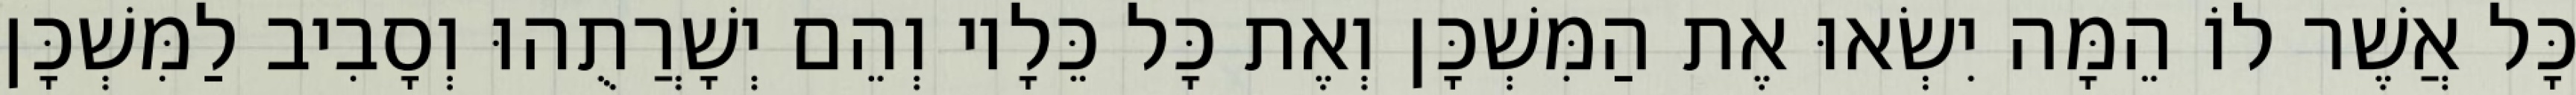
כָּל אֲשֶׁר לוֹ הֵמָּה יִשְׂאוּ אֶת הַמִּשְׁכָּן וְאֶת כָּל כֵּלָיו וְהֵם יְשָׁרֲתֻהוּ וְסָבִיב לַמִּשְׁכָּן